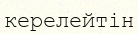
керелейтін